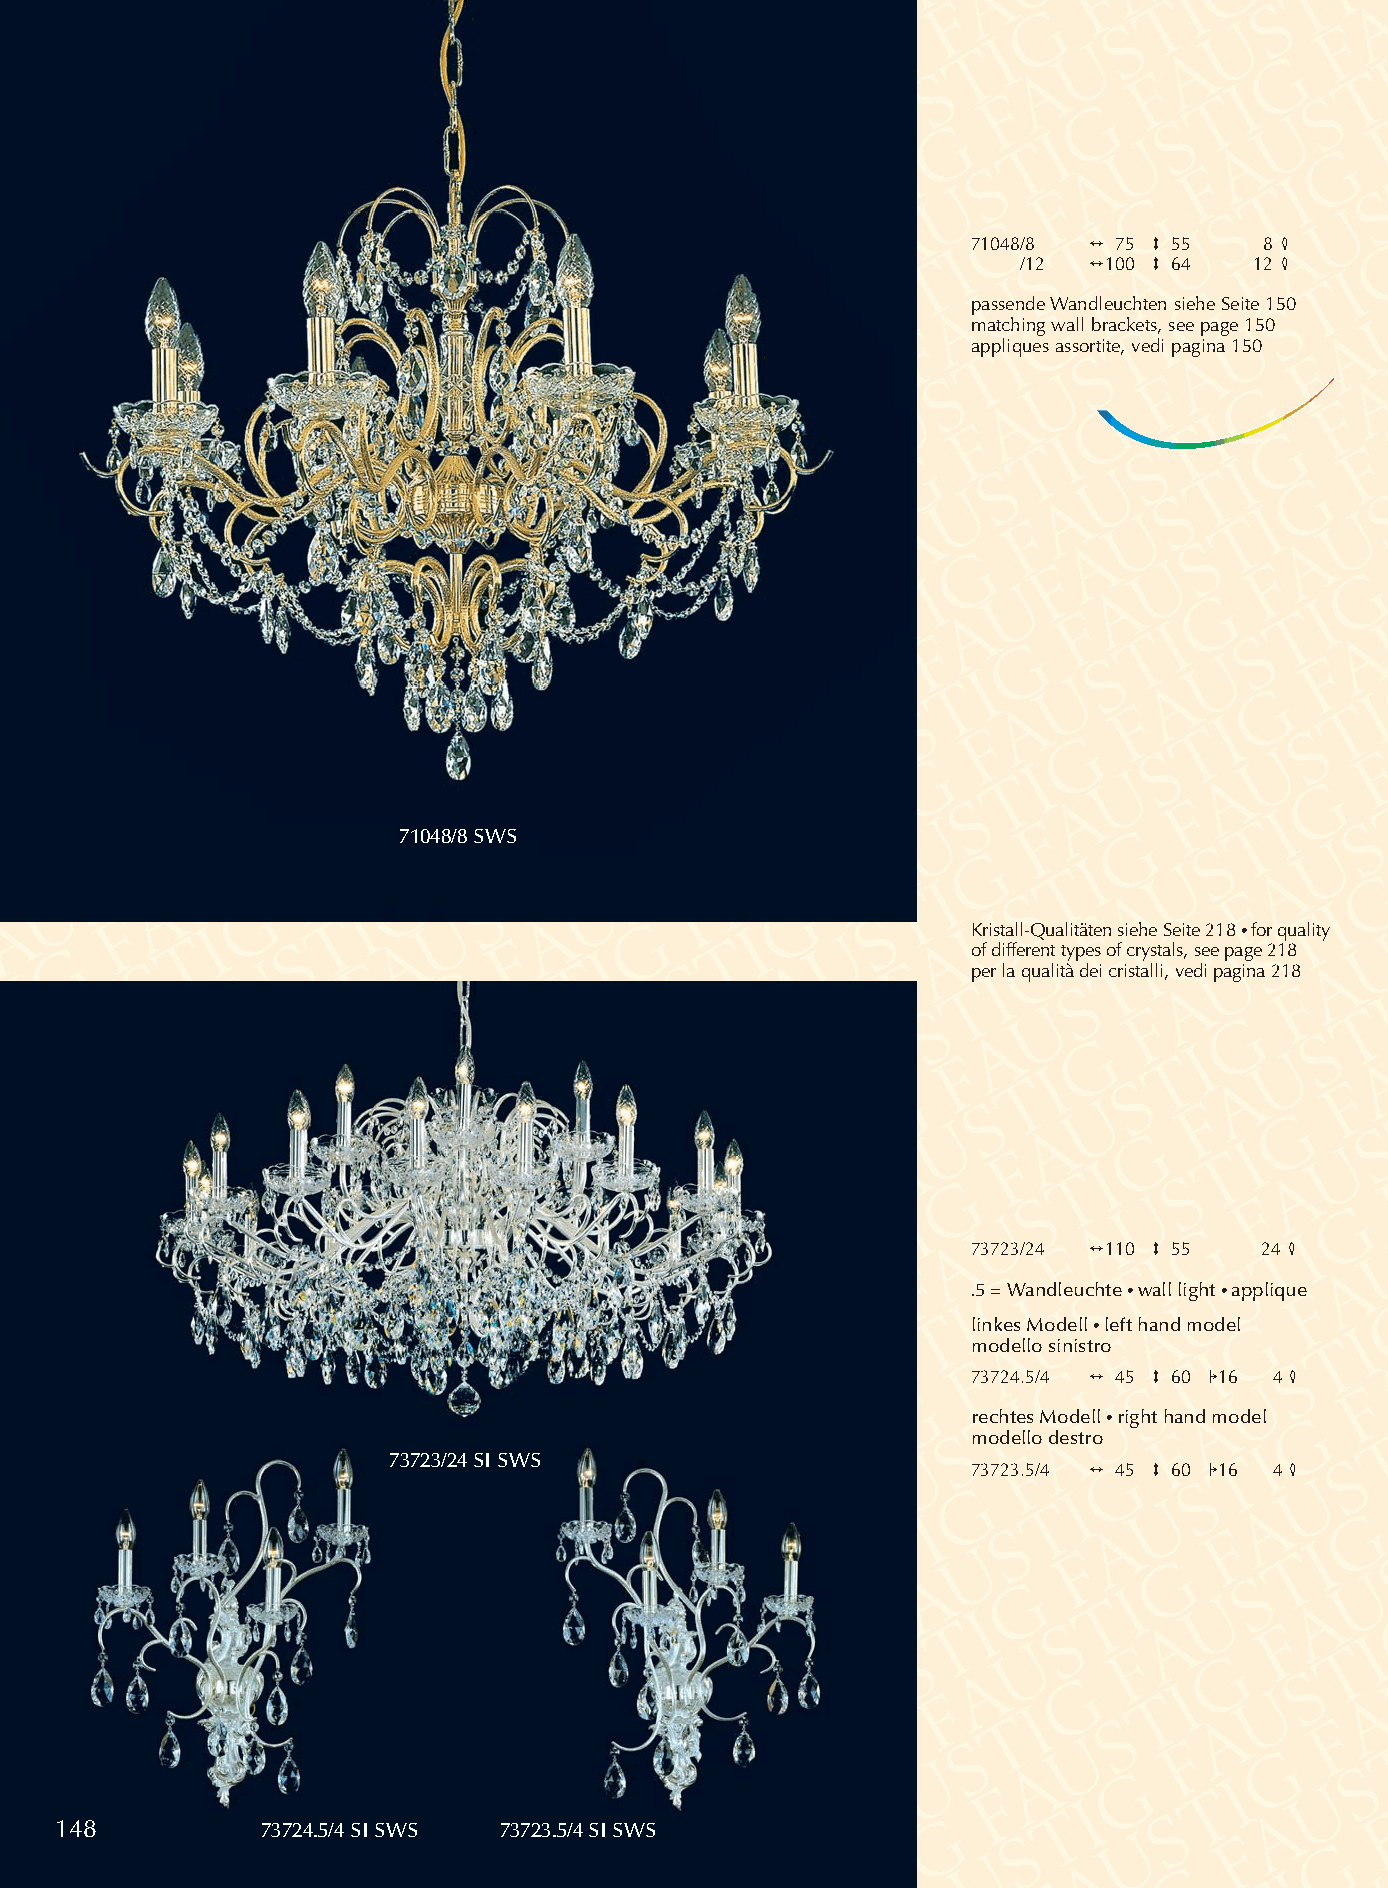
71048/8 2 75 3 55   8 4
 /12 2100 3 64  12 4
 passende Wandleuchten siehe Seite 150
 matching wall brackets, see page 150
 appliques assortite, vedi pagina 150
 79000.5/2 CD
 71048/8 SWS
 Kristall-Qualitäten siehe Seite 218 •for quality
 of different types of crystals, see page 218
 per la qualità dei cristalli, vedi pagina 218
 73723/24 2110 3 55 24 4
 .5 = Wandleuchte •wall light •applique
 linkes Modell •left hand model
 modello sinistro
 73724.5/4 2 45 3 60 116 4 4
 rechtes Modell •right hand model
 modello destro
 73723/24 SI SWS                       73723.5/4 2 45 3 60 116 4 4
 148          73724.5/4 SISWS 73723.5/4 SISWS